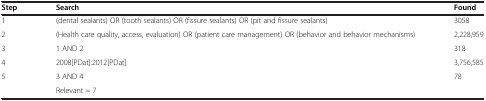
<table><thead><tr><td><b>Step</b></td><td><b>Search</b></td><td><b>Found</b></td></tr></thead><tbody><tr><td>1</td><td>(dental sealants) OR (tooth sealants) OR (fissure sealants) OR (pit and fissure sealants)</td><td>3058</td></tr><tr><td>2</td><td>(Health care quality, access, evaluation) OR (patient care management) OR (behavior and behavior mechanisms)</td><td>2,228,959</td></tr><tr><td>3</td><td>1 AND 2</td><td>318</td></tr><tr><td>4</td><td>2008[PDat]:2012[PDat]</td><td>3,756,585</td></tr><tr><td>5</td><td>3 AND 4</td><td>78</td></tr><tr><td> </td><td>Relevant = 7</td><td> </td></tr></tbody></table>